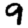
Digit: 9